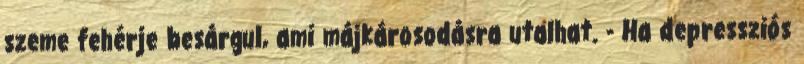
szeme fehérje besárgul, ami májkárosodásra utalhat. - Ha depressziós